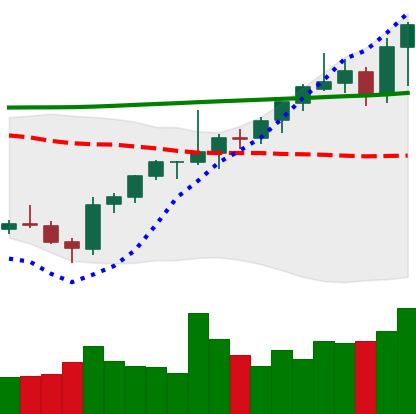
Ticker: ETH-USD
Chart end date: 2021-08-05
Forward return: 11.119%
Label: up_7plus